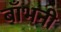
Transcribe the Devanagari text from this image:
बाँभनी